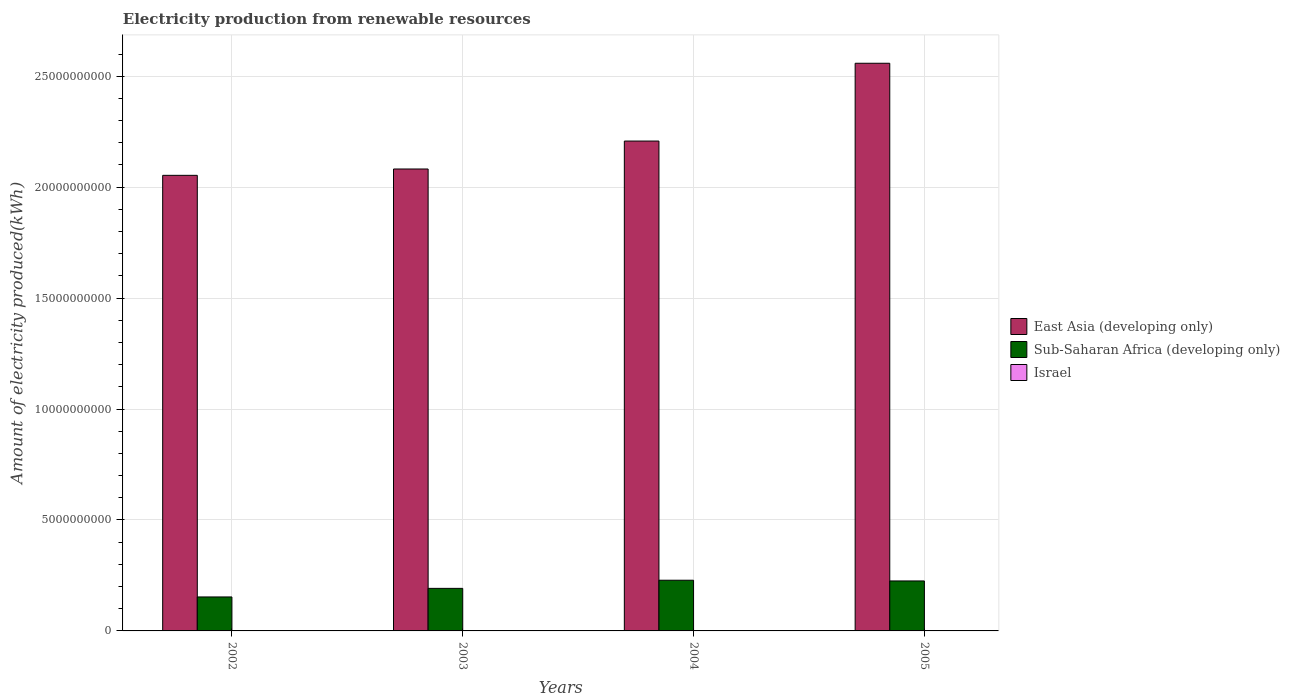
| Years | East Asia (developing only) | Sub-Saharan Africa (developing only) | Israel |
 | --- | --- | --- | --- |
 | 2002 | 2.05e+10 | 1.53e+09 | 1.1e+07 |
 | 2003 | 2.08e+10 | 1.92e+09 | 1.2e+07 |
 | 2004 | 2.21e+10 | 2.28e+09 | 1.1e+07 |
 | 2005 | 2.56e+10 | 2.25e+09 | 1.1e+07 |